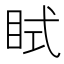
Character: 𥅞